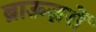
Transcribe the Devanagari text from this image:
ब्राऊज़रों